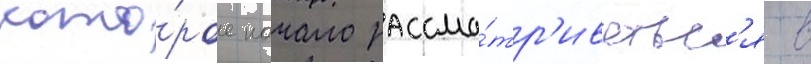
кото́рое начало рассма́тр'иватьс'я в